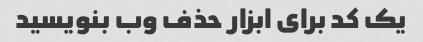
یک کد برای ابزار حذف وب بنویسید